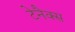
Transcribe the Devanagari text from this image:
टेनैक्स